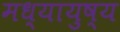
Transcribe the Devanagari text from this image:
मध्यायुष्य